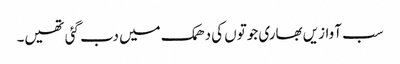
سب آوازیں بھاری جوتوں کی دھمک میں دب گئی تھیں۔